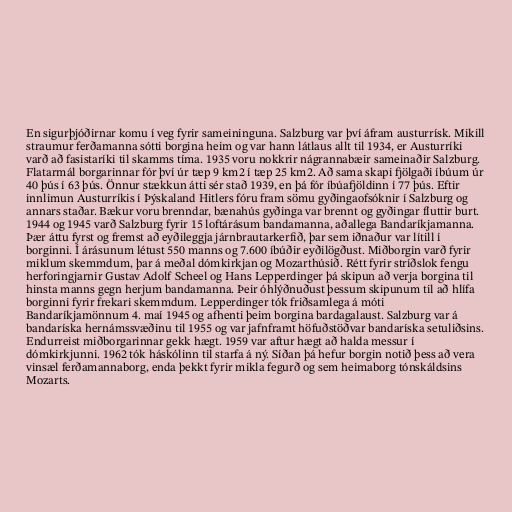
En sigurþjóðirnar komu í veg fyrir sameininguna. Salzburg var því áfram austurrísk. Mikill
straumur ferðamanna sótti borgina heim og var hann látlaus allt til 1934, er Austurríki
varð að fasistaríki til skamms tíma. 1935 voru nokkrir nágrannabæir sameinaðir Salzburg.
Flatarmál borgarinnar fór því úr tæp 9 km2 í tæp 25 km2. Að sama skapi fjölgaði íbúum úr
40 þús í 63 þús. Önnur stækkun átti sér stað 1939, en þá fór íbúafjöldinn í 77 þús. Eftir
innlimun Austurríkis í Þýskaland Hitlers fóru fram sömu gyðingaofsóknir í Salzburg og
annars staðar. Bækur voru brenndar, bænahús gyðinga var brennt og gyðingar fluttir burt.
1944 og 1945 varð Salzburg fyrir 15 loftárásum bandamanna, aðallega Bandaríkjamanna.
Þær áttu fyrst og fremst að eyðileggja járnbrautarkerfið, þar sem iðnaður var lítill í
borginni. Í árásunum létust 550 manns og 7.600 íbúðir eyðilögðust. Miðborgin varð fyrir
miklum skemmdum, þar á meðal dómkirkjan og Mozarthúsið. Rétt fyrir stríðslok fengu
herforingjarnir Gustav Adolf Scheel og Hans Lepperdinger þá skipun að verja borgina til
hinsta manns gegn herjum bandamanna. Þeir óhlýðnuðust þessum skipunum til að hlífa
borginni fyrir frekari skemmdum. Lepperdinger tók friðsamlega á móti
Bandaríkjamönnum 4. maí 1945 og afhenti þeim borgina bardagalaust. Salzburg var á
bandaríska hernámssvæðinu til 1955 og var jafnframt höfuðstöðvar bandaríska setuliðsins.
Endurreist miðborgarinnar gekk hægt. 1959 var aftur hægt að halda messur í
dómkirkjunni. 1962 tók háskólinn til starfa á ný. Síðan þá hefur borgin notið þess að vera
vinsæl ferðamannaborg, enda þekkt fyrir mikla fegurð og sem heimaborg tónskáldsins
Mozarts.